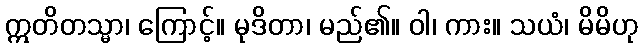
ဣတိတသ္မာ၊ ကြောင့်။ မုဒိတာ၊ မည်၏။ ဝါ၊ ကား။ သယံ၊ မိမိဟု